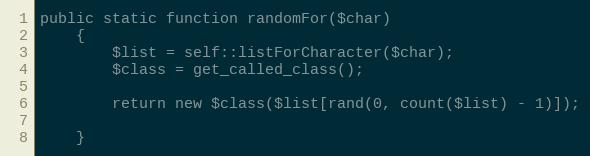
Language: PHP
public static function randomFor($char)
    {
        $list = self::listForCharacter($char);
        $class = get_called_class();

        return new $class($list[rand(0, count($list) - 1)]);

    }